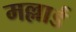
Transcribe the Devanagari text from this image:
मल्लार्ड